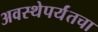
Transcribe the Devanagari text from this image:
अवस्थेपर्यंतचा